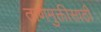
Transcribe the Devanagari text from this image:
ताणमुक्तीसाठी